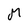
Character: M